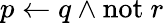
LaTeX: p\leftarrow q\land\mathrm{not}~r